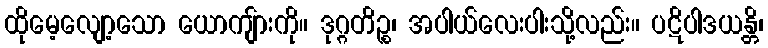
ထိုမေ့လျော့သော ယောကျ်ားကို။ ဒုဂ္ဂတိဉ္စ၊ အပါယ်လေးပါးသို့လည်း။ ပဋိပါဒယန္တိ၊